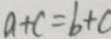
a + c = b + c